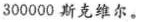
300000斯克维尔。